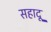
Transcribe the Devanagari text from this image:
सहादू